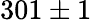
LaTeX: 301\pm 1